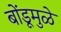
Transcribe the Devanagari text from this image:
बोंडूमुळे